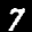
Label: 7